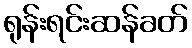
ရုန်းရင်းဆန်ခတ်